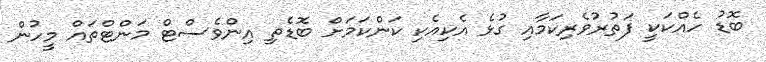
ބޮޑު ހެއްކަކީ ފަތުރުވެރިކަމާއި ގުޅެ އެކިއެކި ކަންކަމަށް ބޮޑެތި އިންވެސްޓް މަންޓްތައް މީހުން